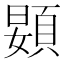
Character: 𱂙